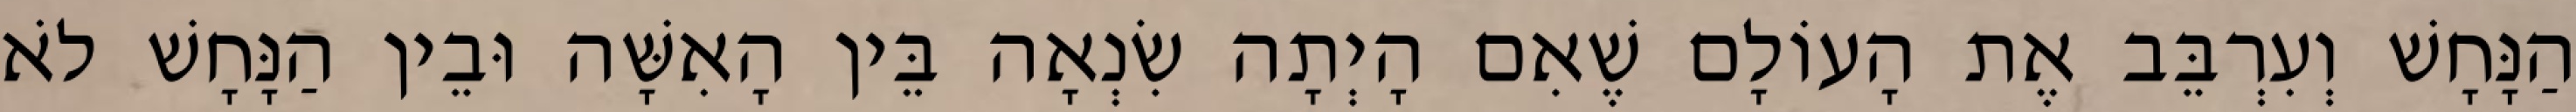
הַנָּחָשׁ וְעִרְבֵּב אֶת הָעוֹלָם שֶׁאִם הָיְתָה שִׂנְאָה בֵּין הָאִשָּׁה וּבֵין הַנָּחָשׁ לֹא